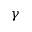
\gamma